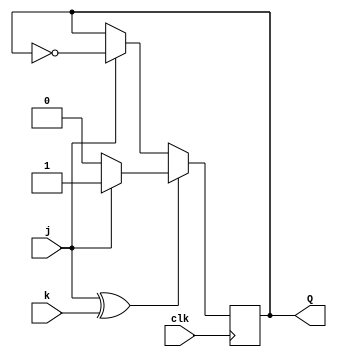
module top_module (
    input clk,
    input j,
    input k,
    output Q);
    
    wire w1 = j^k;
    
    always @(posedge clk) begin
        if(~w1) Q<=j?~Q:Q;
        else Q<=j?1'b1:1'b0;
    end
    

endmodule